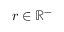
r \in \mathbb { R } ^ { - }